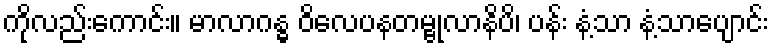
ကိုလည်းကောင်း။ မာလာဂန္ဓ ဝိလေပနတမ္ဗုလာနိပိ၊ ပန်း နံ့သာ နံ့သာပျောင်း